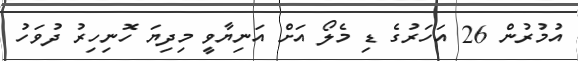
އުމުރުން 26 އަހަރުގެ ޑި މެލޯ އަށް އަނިޔާވީ މިދިޔަ ހޮނިހިރު ދުވަހު